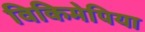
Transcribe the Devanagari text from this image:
विकिमेपिया